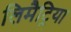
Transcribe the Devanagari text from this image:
लिमैट्रिया